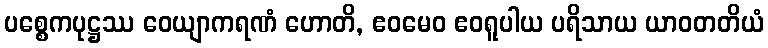
ပစ္စေကပုဋ္ဌဿ ဝေယျာကရဏံ ဟောတိ, ဧဝမေဝ ဧဝရူပါယ ပရိသာယ ယာဝတတိယံ